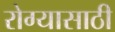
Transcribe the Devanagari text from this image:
रोग्यासाठी